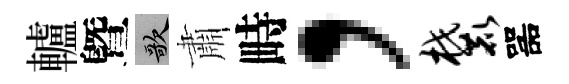
轤曁歌肅畤，麓噐